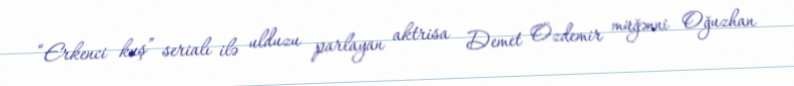
“Erkenci kuş” serialı ilə ulduzu parlayan aktrisa Demet Özdemir müğənni Oğuzhan